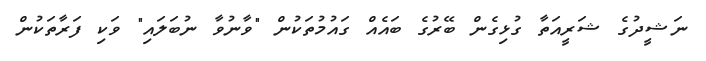
ނަޝީދުގެ ޝަރީއަތާ ގުޅިގެން ބޭރުގެ ބައެއް ގައުމުތަކުން "ވާނުވާ ނުބަލައި" ވަކި ފަރާތަކުން